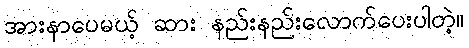
အားနာပေမယ့် ဆား နည်းနည်းလောက်ပေးပါတဲ့။